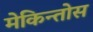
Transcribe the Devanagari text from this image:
मेकिन्तोस